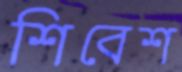
শিবেশ